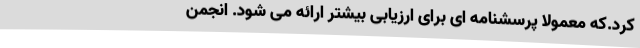
کرد.که معمولاً پرسشنامه ای برای ارزیابی بیشتر ارائه می شود. انجمن